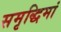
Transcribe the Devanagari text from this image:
समृद्धिमां